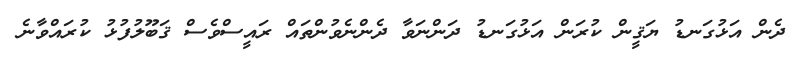
ދެން އަޅުގަނޑު ޔަޤީން ކުރަން އަޅުގަނޑު ދަންނަވާ ދެންނެވުންތައް ރައީސްވެސް ޤަބޫލުފުޅު ކުރައްވާނެ